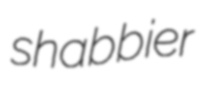
shabbier